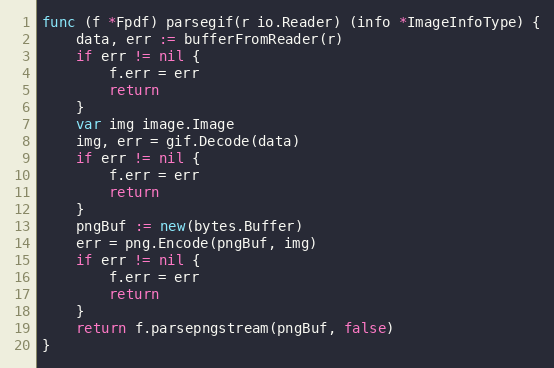
Language: Go
func (f *Fpdf) parsegif(r io.Reader) (info *ImageInfoType) {
	data, err := bufferFromReader(r)
	if err != nil {
		f.err = err
		return
	}
	var img image.Image
	img, err = gif.Decode(data)
	if err != nil {
		f.err = err
		return
	}
	pngBuf := new(bytes.Buffer)
	err = png.Encode(pngBuf, img)
	if err != nil {
		f.err = err
		return
	}
	return f.parsepngstream(pngBuf, false)
}